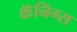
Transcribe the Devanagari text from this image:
कॅनिंग्स